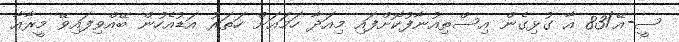
ސީ-އޭ/83 އާ ގުޅިގެން އިސްތިއުނާފުކޮށްފައި މިއަދާ ހަމައަށް ހަތަރު އަޑުއެހުން ބޭއްވިފައިވޭ މީރާއާ